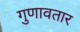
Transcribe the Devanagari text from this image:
गुणावतार